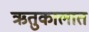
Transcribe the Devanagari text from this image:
ऋतुकालात